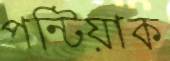
পন্টিয়াক